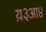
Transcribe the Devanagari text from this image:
य़३आ४